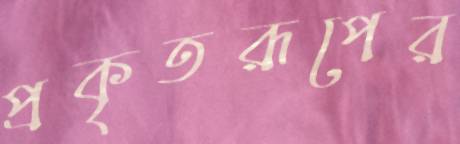
প্রকৃতরূপের